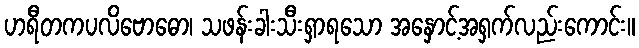
ဟရီတကပလိဗောဓော၊ သဖန်းခါးသီးရှာရသော အနှောင့်အရှက်လည်းကောင်း။